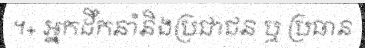
។+ អ្នកដឹកនាំនិងប្រជាជន ឬ ប្រធាន